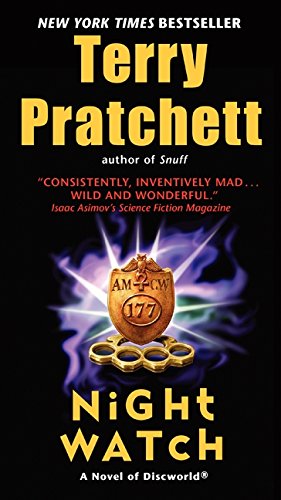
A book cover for Night Watch: A Novel of Discworld; Terry Pratchett; Science Fiction & Fantasy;